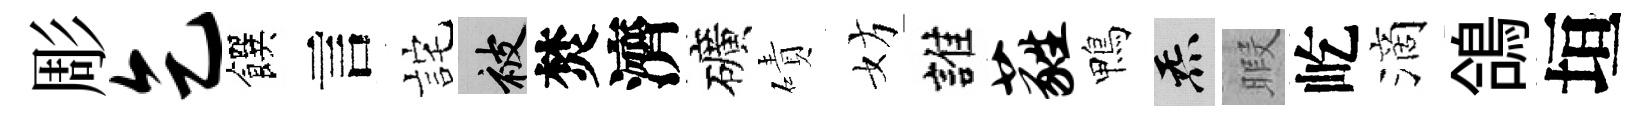
彫乞饌言詫被焚濟礦磧妨誰蕤鴨炁暇屹滴鴿垣